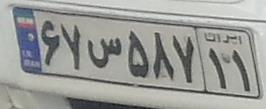
۶۷س۵۸۷۱۱